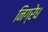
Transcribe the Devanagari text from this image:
निग्रेध